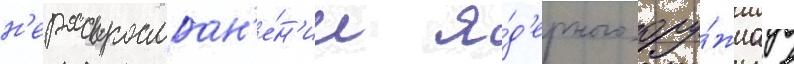
н'ераспростран'е́н'ии я́д'ерного ору́жиа в